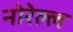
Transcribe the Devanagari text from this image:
नोरेल्ल